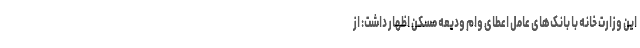
این وزارت خانه با بانک‌های عامل اعطای وام ودیعه مسکن اظهار داشت: از